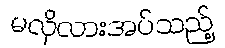
မလိုလားအပ်သည့်